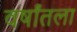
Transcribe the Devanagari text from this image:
वर्षांतला